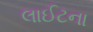
લાઈટના